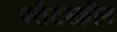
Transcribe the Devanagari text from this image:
फ्लैटस्क्रीन